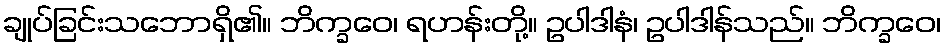
ချုပ်ခြင်းသဘောရှိ၏။ ဘိက္ခဝေ၊ ရဟန်းတို့။ ဥပါဒါနံ၊ ဥပါဒါန်သည်။ ဘိက္ခဝေ၊